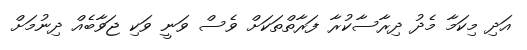
އަދި މިކަމާ މެދު ދިރާސާކުރާ ފަރާތްތަކަށް ވެސް ވަނީ ވަކި ޖަވާބެއް ދިނުމަށް